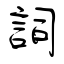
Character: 詞